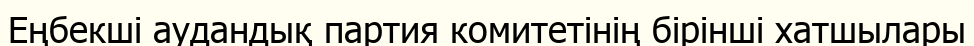
Еңбекші аудандық партия комитетінің бірінші хатшылары